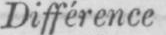
Différence